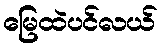
မြေထဲပင်လယ်